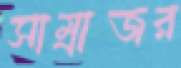
সাম্রাজর